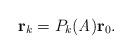
LaTeX: \begin{align*}\textbf{r}_{k}=P_{k}(\textit{A})\textbf{r}_{0}.\end{align*}